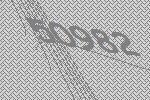
50982